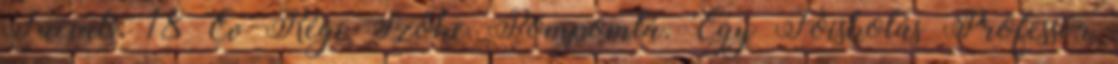
Facials: 18 Év Régi Szőke Pompomlá. Egy Főiskolás Professor